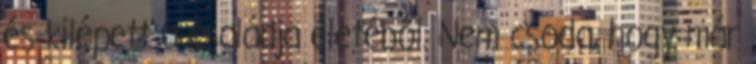
és kilépett a családja életéből. Nem csoda, hogy már